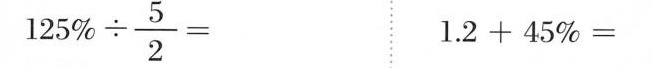
$$1 2 5 % \div \frac { 5 } { 2 } =$$ $$1 . 2 + 4 5 % =$$